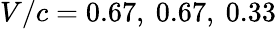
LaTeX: V/c=0.67,\ 0.67,\ 0.33